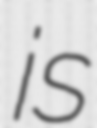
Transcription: is